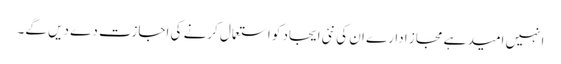
انہیں امید ہے مجاز ادارے ان کی نئی ایجاد کو استعمال کرنے کی اجازت دے دیں گے۔